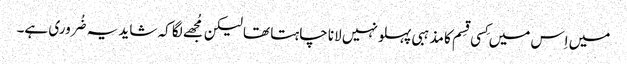
میں اِس میں کِسی قِسم کا مذہبی پہلو نہیں لانا چاہتا تھا لیکن مُجھے لگا کہ شاید یہ ضُروری ہے۔